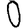
Digit: 0